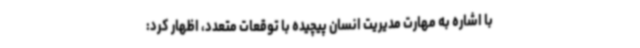
با اشاره به مهارت مدیریت انسان پیچیده با توقعات متعدد، اظهار کرد: